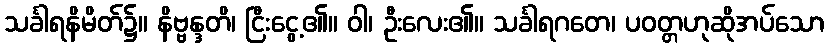
သင်္ခါရနိမိတ်၌။ နိဗ္ဗန္ဒတိ၊ ငြီးငွေ့၏။ ဝါ၊ ဦးလေး၏။ သင်္ခါရဂတေ၊ ပဝတ္တဟုဆိုအပ်သော